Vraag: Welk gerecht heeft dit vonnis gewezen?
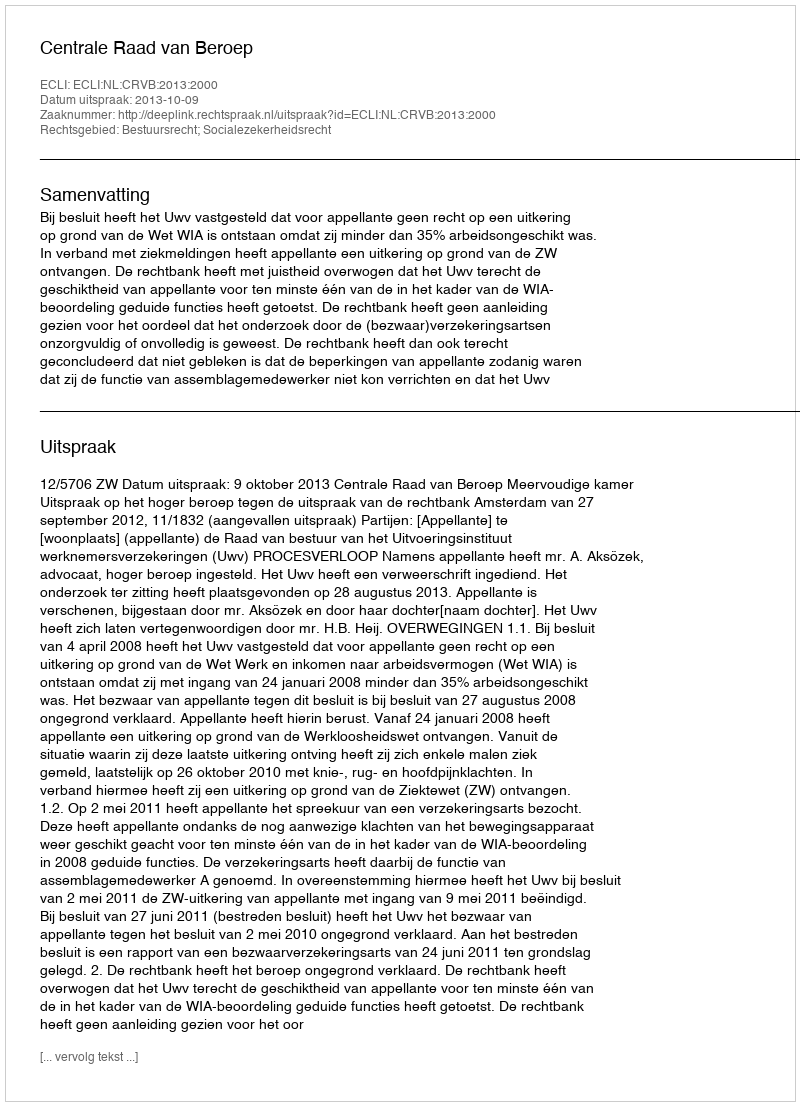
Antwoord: Centrale Raad van Beroep